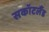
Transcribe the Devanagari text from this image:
सकॉटलैंड